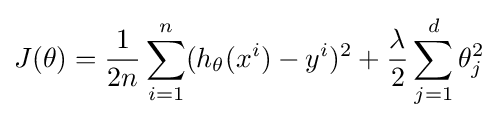
J(\theta )={\frac {1}{2n}}\sum _{i=1}^{n}(h_{\theta }(x^{i})-y^{i})^{2}+{\frac {\lambda }{2}}\sum _{j=1}^{d}\theta _{j}^{2}